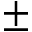
\pm